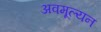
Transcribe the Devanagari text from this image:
अवमूल्‍यन